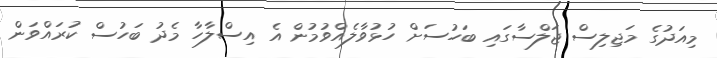
މިއަދުގެ މަޖިލިސް ޖަލްސާގައި ބަހުސަށް ހުޅުވާލެއްވުމުން އެ އިސްލާހާ މެދު ބަހުސް ކުރައްވަން